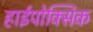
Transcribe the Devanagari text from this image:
हाईपोक्सिक